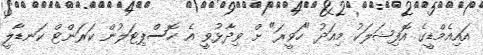
އައިއެމްޑީގެ އޮފިޝަލަކު މިއަދު "ހަވީރަ" ށް ވިދާޅުވީ އެ ހޮސްޕިޓަލުން ކަރަންޓް ކަނޑާލީ